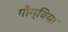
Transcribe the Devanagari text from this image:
गौम्बिया